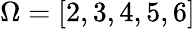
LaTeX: \Omega=[2,3,4,5,6]